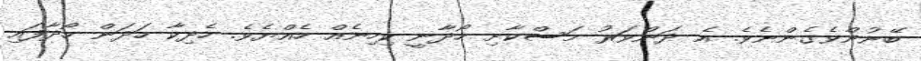
ބޭނުންވެގެންނެވެ. އެ ދަންވަރު މަސްކާށި ހޯދާނީ ކިހިނެއް ހެއްޔެވެ. ހެދިކާ ހަދަން ހޯދާފައި